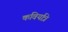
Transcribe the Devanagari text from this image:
कवियत्रि